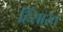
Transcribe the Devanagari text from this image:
हिंसारत